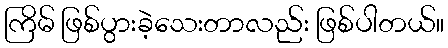
ကြိမ် ဖြစ်ပွားခဲ့သေးတာလည်း ဖြစ်ပါတယ်။